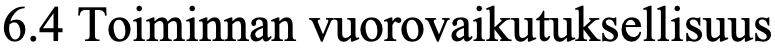
6.4 Toiminnan vuorovaikutuksellisuus